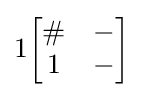
1{\begin{bmatrix}\#&-\\1&-\end{bmatrix}}